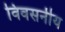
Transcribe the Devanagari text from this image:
विवसनीय